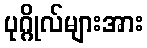
ပုဂ္ဂိုလ်များအား